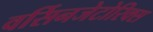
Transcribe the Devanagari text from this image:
वर्सिनजेटोरिक्स